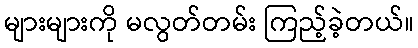
များများကို မလွတ်တမ်း ကြည့်ခဲ့တယ်။